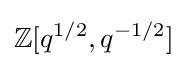
\mathbb {Z} [q^{1/2},q^{-1/2}]